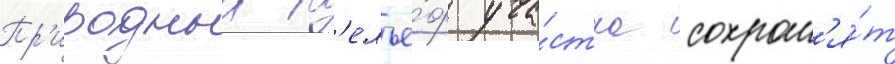
Пр'иродныи р'елье́ф уча́стка сохран'я́т